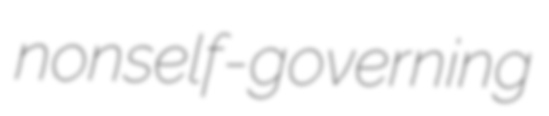
nonself-governing